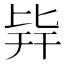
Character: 𣬊